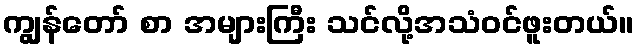
ကျွန်တော် စာ အများကြီး သင်လို့အသံဝင်ဖူးတယ်။